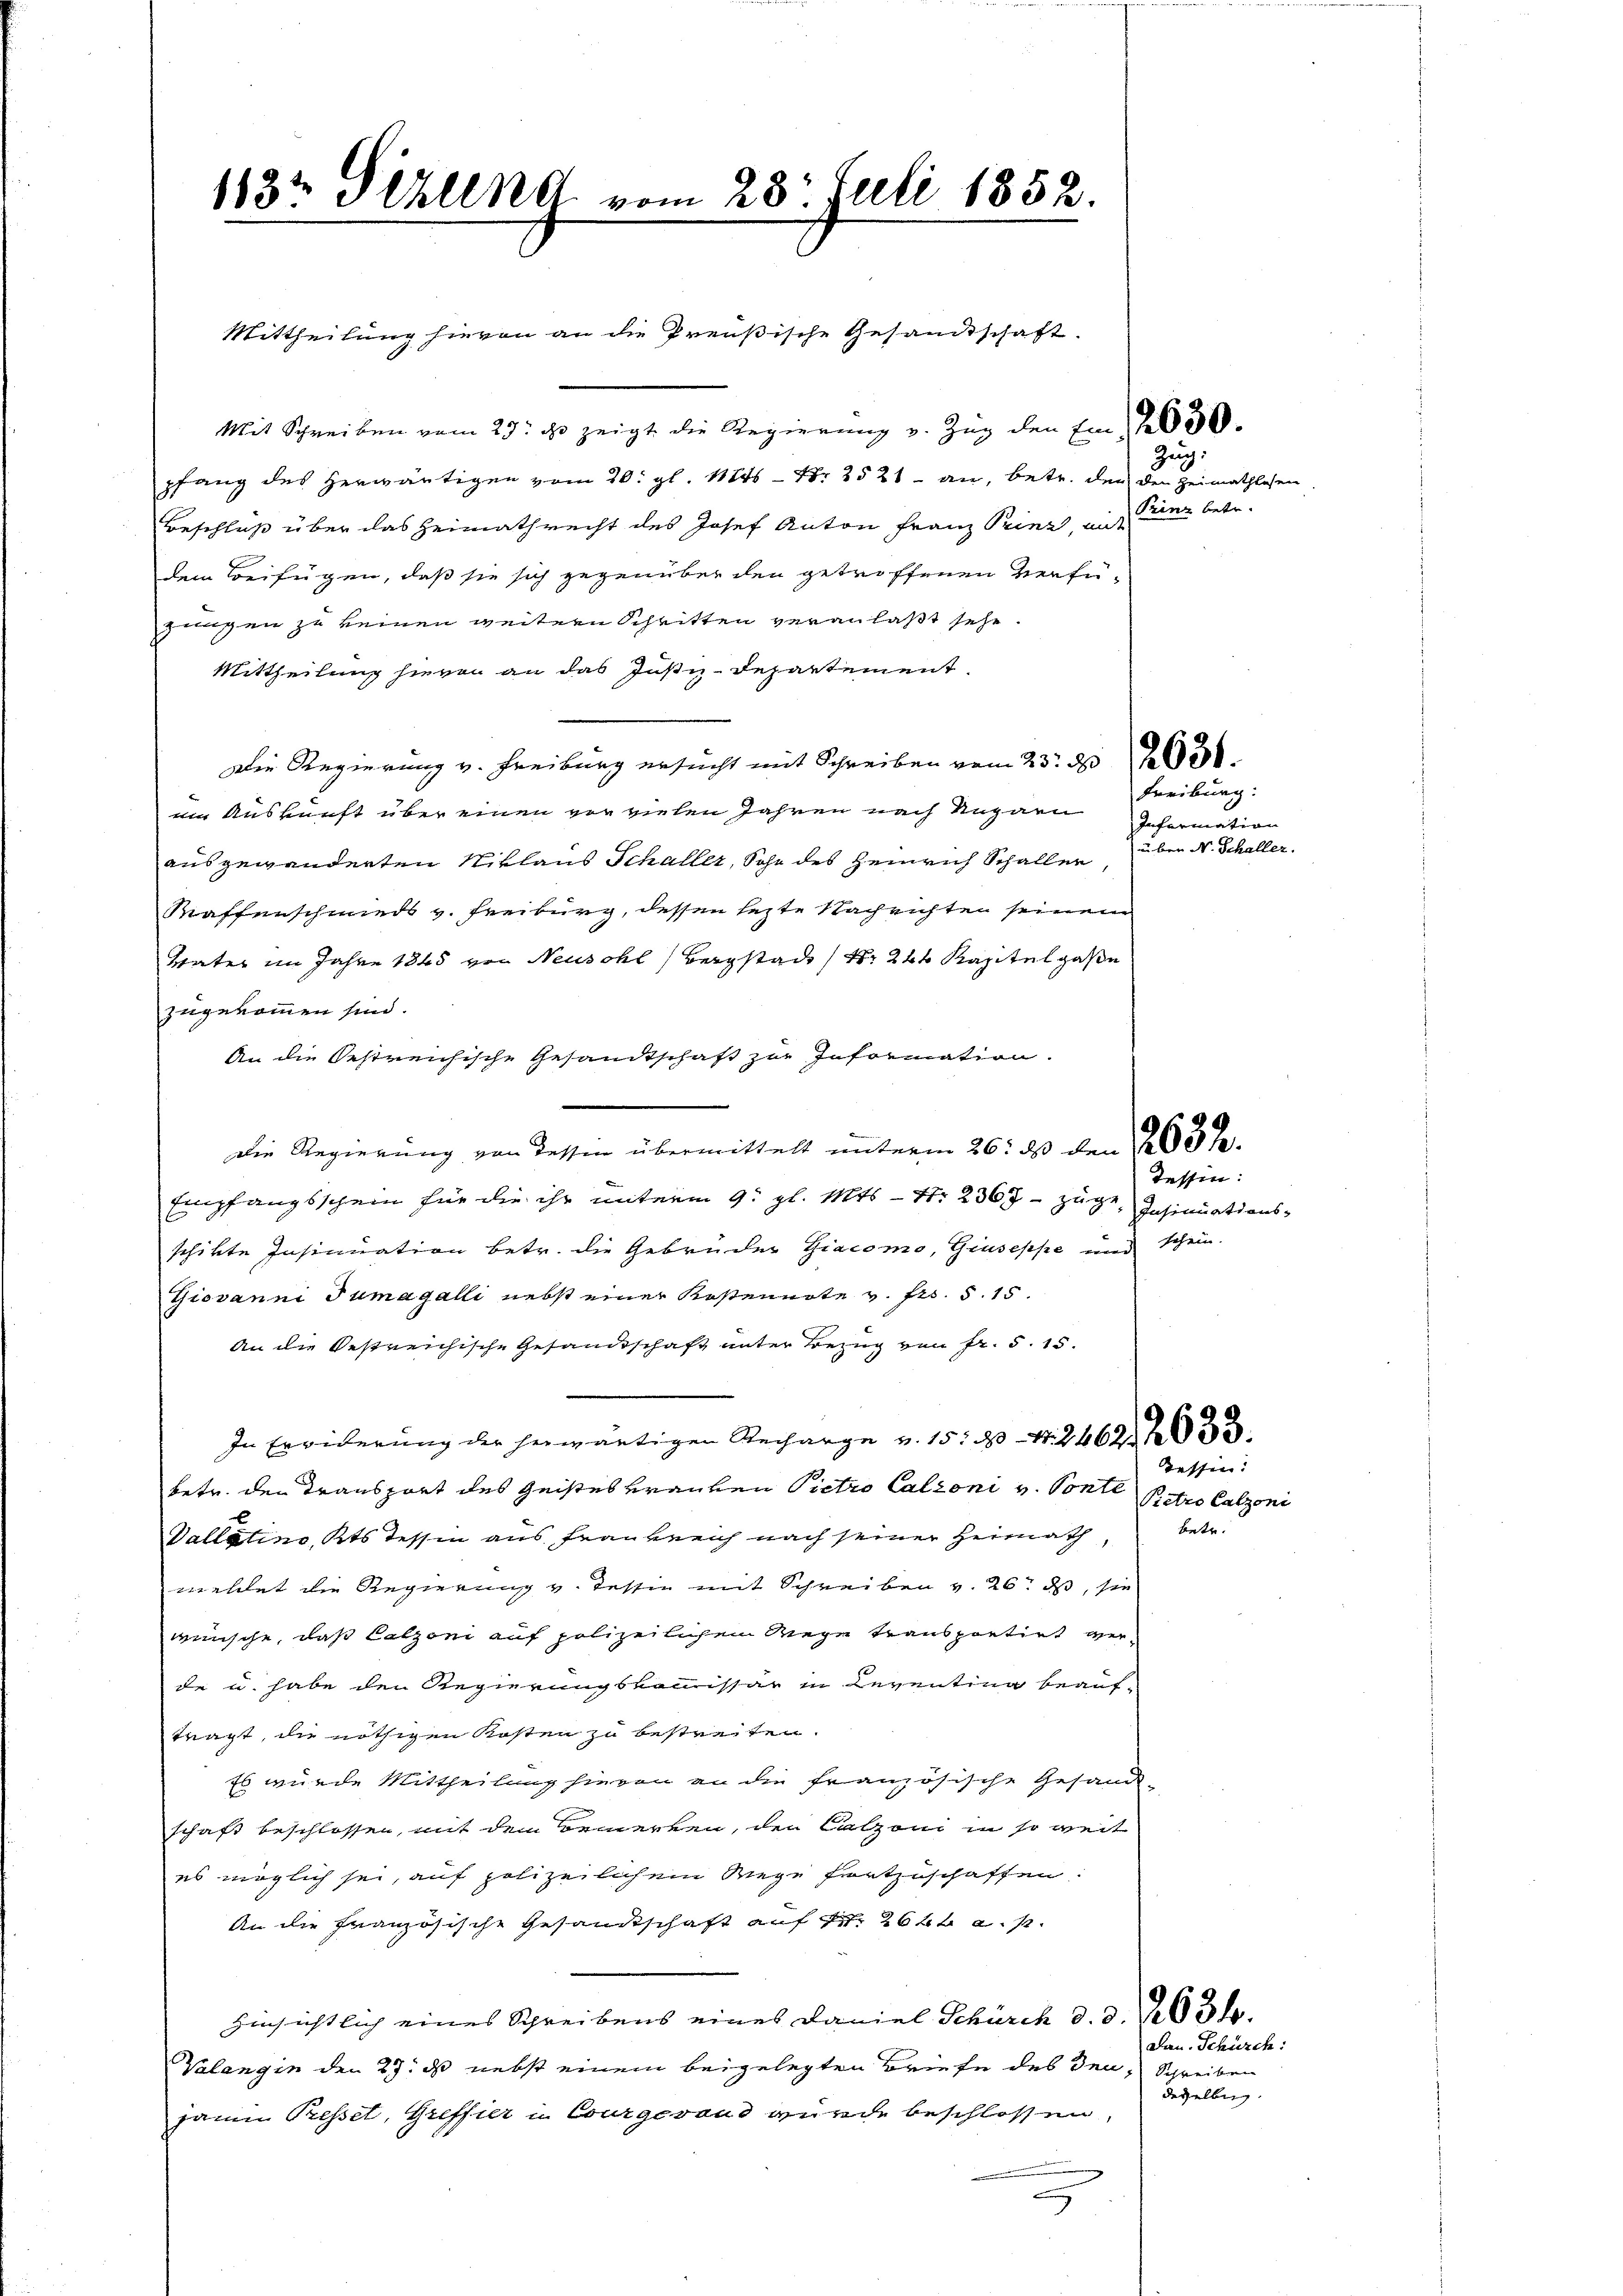
1132 Pizlend vom 23. Juli 1852.
Mittheilung hievon an die Preußische Gesandtschaft.

Mit Schreiben vom 23. ds. zeigt die Regierung v. Zug den Ein , 2050.
pfang des herwärtigen vom 20. gl. 1145 - N. 2521 an, betr. den den Heimathlesen,
Beschluß über das Heimathrecht des Josef Anton Franz Prinz, mit
dem Beifügen, daß sie sich gegenüber den getroffenen Verfü-
jungen zu keinen weitern Schritten veranlaßt sehe.
Mittheilung hievon an das Justiz-Departement
Die Regierung v. Freiburg ersucht mit Schreiben vom 23. d. 1030.
im Auskunft über einen vor vielen Jahren nach Ungarn
ausgewanderten Niklaus Schaller, Sohn des Heinrich Schallen,
Waffenschmieds v. Freiburg, dessen lezte Nachrichten seinem
Vater im Jahre 1848 von Neuschl, Bergstadt Nr. 240 Kapitel gaße
zugekommen sind.
An die Oestreichische Gesandtschaft zur Information.
Die Regierung von Tessin übermittelt unterm 26. ds den 163 de
Empfangsschein für die ihr unterm 9. gl. Mts. S. 2367 – zuge Insinuationsschikte Insinuation betr. die Gebrüder Giacomo, Giuseppe und schein.
Giovanni Tumagalli nebst einer Kostennote v. Frs. 5. 15.
An die bestreichische Gesandtschaft unter Bezug von Fr. 5. 15.
In Erwiderung der herwärtigen Recharge v. 15. 204. 2462. 20
betr. den Transport des Geistes Brauten Pietro Calioni v. Ponte
Vallatino, Kts Tessin aus Frankreich nach seiner Heimath, betr.
meldet die Regierung v. Tessin mit Schreiben v. 26. ds, sie
wünsche, daß Calzoni auf polizeilichem Wege transportirt werde u. habe den Regierungskommissär in Reventing beauftragt, die nöthigen Kosten zu bestreiten.
Es wurde Mittheilung hievon an die französische Gesand
schaft beschlossen, mit demornierten, den Calzoni in so weit
es möglich sei, auf polizeilichem Wege fortzuschaffen.
An die Französische Gesandtschaft auf Fr. 2640 a. p.
Hinsichtlich eines Schreibens eines Daniel Schürck d. d. 1934.
Klangin den 27. ds nebst einem beigelegten Briefe des Teu, Schreiben
jann Presset, Greffier u Courgeraus wurde beschlossen,
u

Zug:
Prinz betr.

Freiburg:
Information
uber N. Schaller.

Tessin:

Tessin:
Retro Calzoni

Dan. Schürch:
desselben